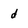
Character: d